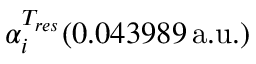
\alpha _ { i } ^ { T _ { r e s } } ( 0 . 0 4 3 9 8 9 \, \mathrm { a . u . } )